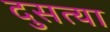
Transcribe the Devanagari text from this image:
दुसत्‍या